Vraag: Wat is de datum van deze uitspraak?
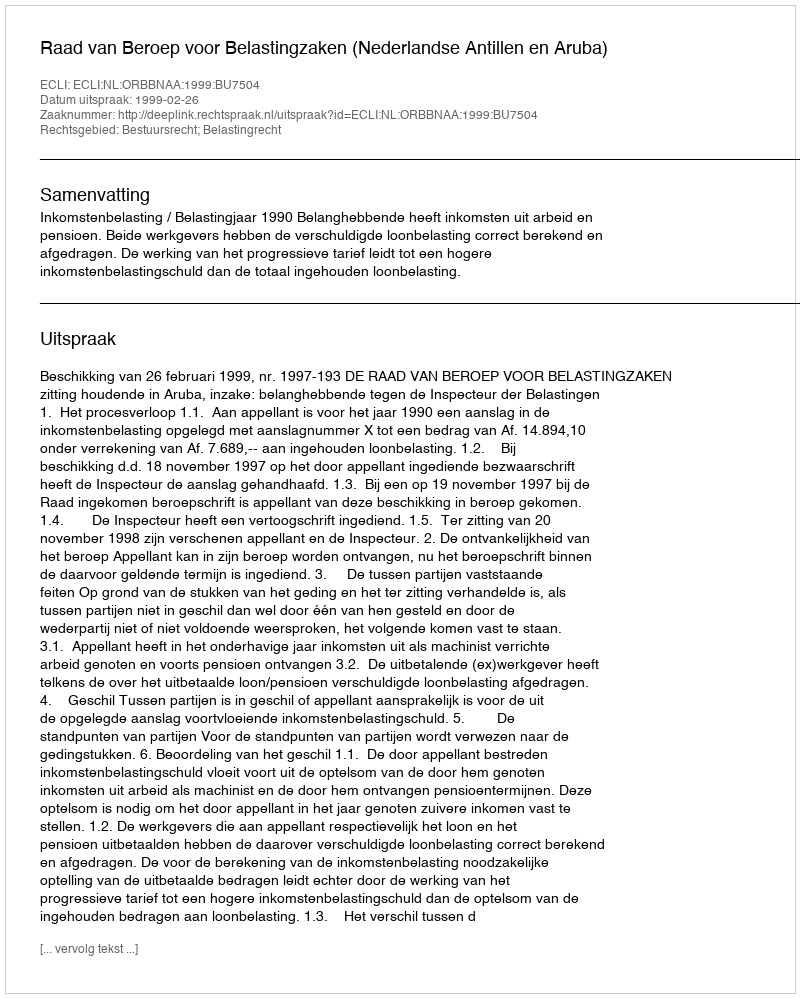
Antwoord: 1999-02-26